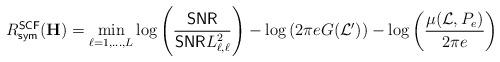
LaTeX: \begin{align*}R^{\sf SCF}_{\sf sym}(\mathbf{H}) = \min_{\ell = 1, \dots, L} \log\left( \frac{{\sf SNR}}{{\sf SNR} L_{\ell, \ell}^2 } \right) - \log\left( 2 \pi e G(\mathcal{L}') \right) - \log\left( \frac{\mu(\mathcal{L}, P_e)}{2 \pi e} \right)\end{align*}